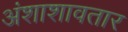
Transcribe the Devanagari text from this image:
अंशाशावतार